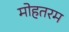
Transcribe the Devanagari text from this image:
मोहतरम